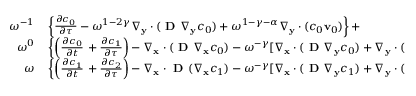
\begin{array} { r l } { \omega ^ { - 1 } } & { { } \left\{ \frac { \partial c _ { 0 } } { \partial \tau } - \omega ^ { 1 - 2 \gamma } \nabla _ { \mathbf y } \cdot ( \textbf { D } \nabla _ { \mathbf y } c _ { 0 } ) + \omega ^ { 1 - \gamma - \alpha } \nabla _ { \mathbf y } \cdot ( c _ { 0 } \mathbf v _ { 0 } ) \right\} + } \\ { \omega ^ { 0 } } & { { } \left\{ \left( \frac { \partial c _ { 0 } } { \partial t } \right. + \frac { \partial c _ { 1 } } { \partial \tau } \right) - \nabla _ { \mathbf x } \cdot ( \textbf { D } \nabla _ { \mathbf x } c _ { 0 } ) - \omega ^ { - \gamma } [ \nabla _ { \mathbf x } \cdot ( \textbf { D } \nabla _ { \mathbf y } c _ { 0 } ) + \nabla _ { \mathbf y } \cdot ( \textbf { D } \nabla _ { \mathbf x } c _ { 0 } ) ] - \omega ^ { 1 - 2 \gamma } \nabla _ { \mathbf y } \cdot ( \textbf { D } \nabla _ { \mathbf y } c _ { 1 } ) + } \\ { \omega } & { { } \left\{ \left( \frac { \partial c _ { 1 } } { \partial t } \right. + \frac { \partial c _ { 2 } } { \partial \tau } \right) - \nabla _ { \mathbf x } \cdot \textbf { D } ( \nabla _ { \mathbf x } c _ { 1 } ) - \omega ^ { - \gamma } [ \nabla _ { \mathbf x } \cdot ( \textbf { D } \nabla _ { \mathbf y } c _ { 1 } ) + \nabla _ { \mathbf y } \cdot ( \textbf { D } \nabla _ { \mathbf x } c _ { 1 } ) ] - \omega ^ { 1 - 2 \gamma } \nabla _ { \mathbf y } \cdot ( \textbf { D } \nabla _ { \mathbf y } c _ { 2 } ) + } \end{array}